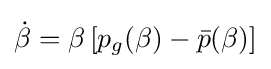
{\dot {\beta }}=\beta \left[p_{g}(\beta )-{\bar {p}}(\beta )\right]